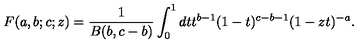
F ( a , b ; c ; z ) = \frac { 1 } { B ( b , c - b ) } \int _ { 0 } ^ { 1 } { d t t ^ { b - 1 } ( 1 - t ) ^ { c - b - 1 } ( 1 - z t ) ^ { - a } } .